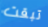
تبقت